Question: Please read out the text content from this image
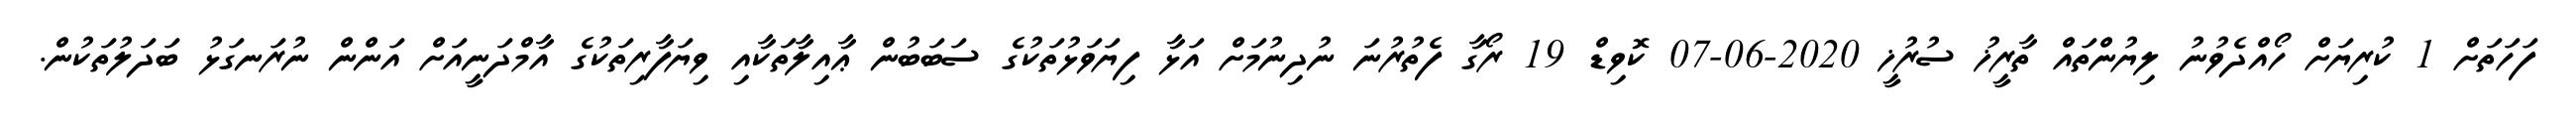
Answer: ފަހަތަށް 1 ކުރިޔަށް ހޯއްދެވުނު ލިޔުންތައް ތާރީޚު ސުރުޚީ 2020-06-07 ކޮވިޑް 19 ރޯގާ ފެތުރުނަ ނުދިނުމަށް އަޅާ ފިޔަވަޅުތަކުގެ ސަބަބުން ޢާއިލާތަކާއި ވިޔަފާރިތަކުގެ އާމްދަނީއަށް އަންން ނުރަނގަޅު ބަދަލުތަކުން.